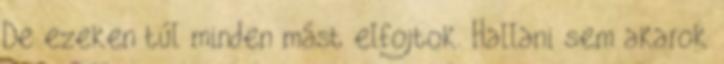
De ezeken túl minden mást elfojtok. Hallani sem akarok